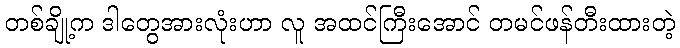
တစ်ချို့က ဒါတွေအားလုံးဟာ လူ အထင်ကြီးအောင် တမင်ဖန်တီးထားတဲ့